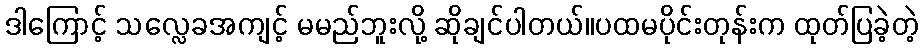
ဒါကြောင့် သလ္လေခအကျင့် မမည်ဘူးလို့ ဆိုချင်ပါတယ်။ပထမပိုင်းတုန်းက ထုတ်ပြခဲ့တဲ့